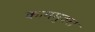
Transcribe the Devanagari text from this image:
काममुक्त